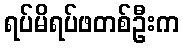
ရပ်မိရပ်ဖတစ်ဦးက